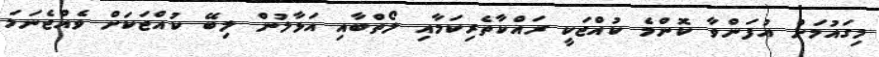
މިގައުމަށް އުފަންވާ ކޮންމެ ކުއްޖަކީ ރައްކާތެރިކަމާއި ލޯތްބާއި އަޅާލުން ލިބޭ ކުއްޖަކަށް ވެއްޖެނަމަ